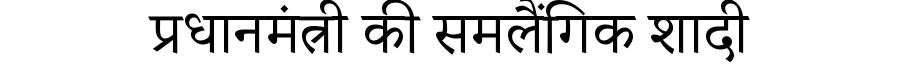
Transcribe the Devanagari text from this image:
प्रधानमंत्री की समलैंगिक शादी